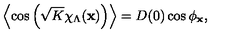
\left< \cos \left( \sqrt { K } \chi _ { \Lambda } ( { \bf x } ) \right) \right> = D ( 0 ) \cos \phi _ { \bf x } ,